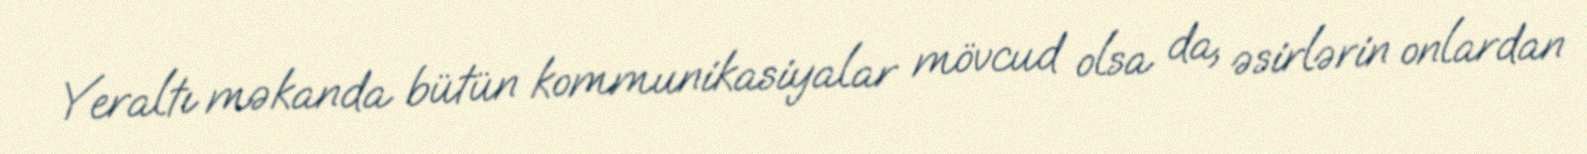
Yeraltı məkanda bütün kommunikasiyalar mövcud olsa da, əsirlərin onlardan